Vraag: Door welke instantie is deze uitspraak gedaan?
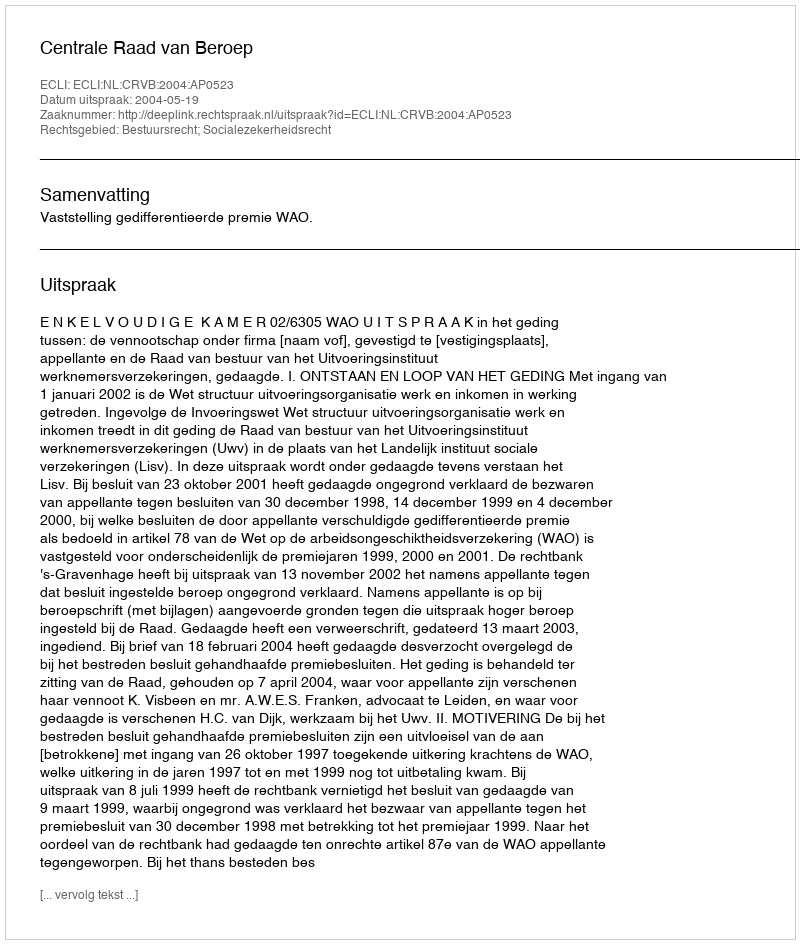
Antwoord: Centrale Raad van Beroep